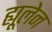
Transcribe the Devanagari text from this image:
ह्यूलेन